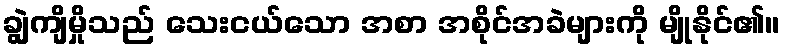
ချွဲကျိမှိုသည် သေးငယ်သော အစာ အစိုင်အခဲများကို မျိုနိုင်၏။